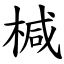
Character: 椷